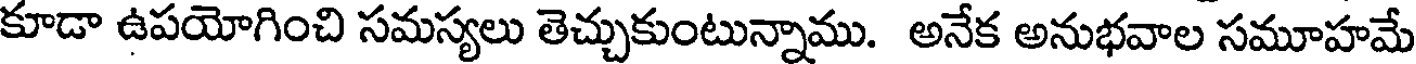
కూడా ఉపయోగించి సమస్యలు తెచ్చుకుంటున్నాము. అనేక అనుభవాల సమూహమే